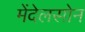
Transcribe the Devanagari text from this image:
मेंदेलसोन